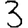
Digit: 3